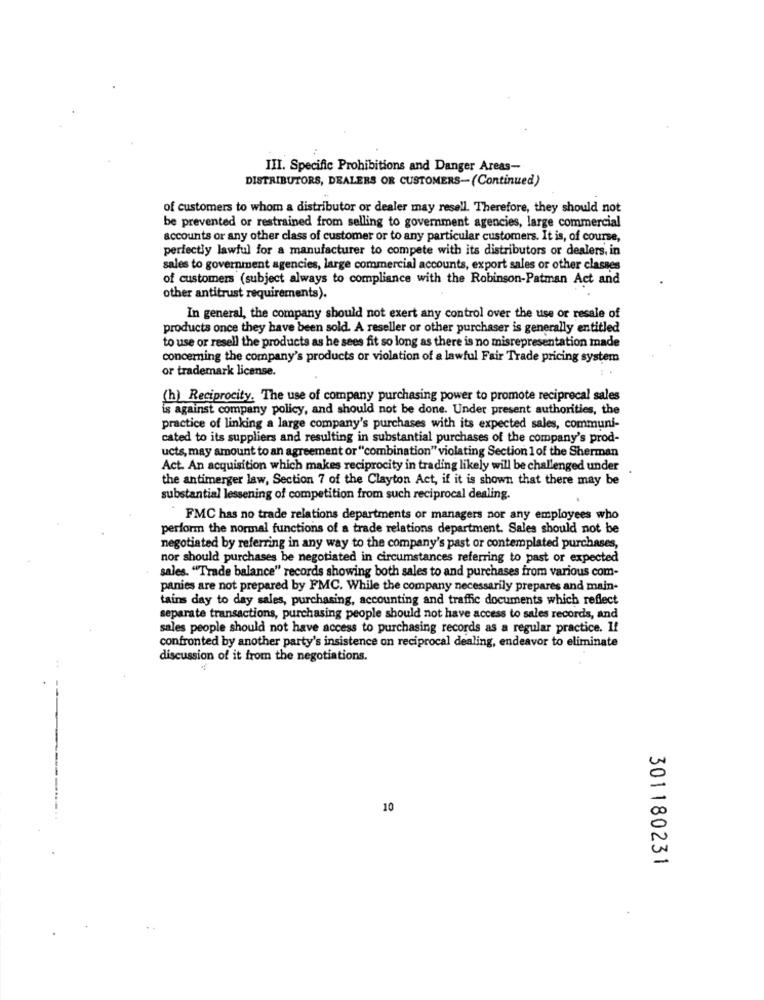
III. Specific Prohibitions and Danger Areas-
DISTRIBUTORS, DEALERS OR CUSTOMERS-(Continued)
of customers to whom a distributor or dealer may resell. Therefore, they should not
be prevented or restrained from selling to government agencies, large commercial
accounts or any other class of customer or to any particular customers. It is, of course,
perfectly lawful for a manufacturer to compete with its distributors or dealers, in
sales to government agencies, large commercial accounts, export sales or other classes
of customers (subject always to compliance with the Robinson-Patman Act and
other antitrust requirements).
In general, the company should not exert any control over the use or resale of
products once they have been sold. A reseller or other purchaser is generally entitled
to use or resell the products as he sees fit so long as there is no misrepresentation made
concerning the company's products or violation of a lawful Fair Trade pricing system
or trademark license.
(h) Reciprocity. The use of company purchasing power to promote reciprocal sales
is against company policy, and should not be done. Under present authorities, the
practice of linking a large company's purchases with its expected sales, communi-
cated to its suppliers and resulting in substantial purchases of the company's prod-
ucts, may amount to an agreement or "combination" violating Section 1 of the Sherman
Act. An acquisition which makes reciprocity in trading likely will be challenged under
the antimerger law, Section 7 of the Clayton Act, if it is shown that there may be
substantial lessening of competition from such reciprocal dealing.
FMC has no trade relations departments or managers nor any employees who
perform the normal functions of a trade relations department. Sales should not be
negotiated by referring in any way to the company's past or contemplated purchases,
nor should purchases be negotiated in circumstances referring to past or expected
sales. "Trade balance" records showing both sales to and purchases from various com-
panies are not prepared by FMC. While the company necessarily prepares and main-
tains day to day sales, purchasing, accounting and traffic documents which reflect
separate transactions, purchasing people should not have access to sales records, and
sales people should not have access to purchasing records as a regular practice. I!
confronted by another party's insistence on reciprocal dealing, endeavor to eliminate
discussion of it from the negotiations.
10
301180231